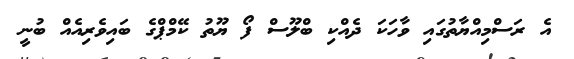
އެ ރަސްމިއްޔާތުގައި ވާހަކަ ދެއްކި ބްލޫސް ފޯ ޔޫތު ކޭމްޕްގެ ބައިވެރިއެއް ބުނީ